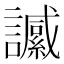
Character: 𧭶